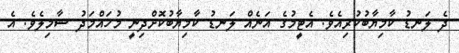
ދެ ލަނޑު ކާމިޔާބުކުރިއެވެ. އެޓީމުގެ އަނެއް ލަނޑު ކާމިޔާބުކޮށްދިނީ މުހައްމަދު ޝާމިލެވެ. އެ